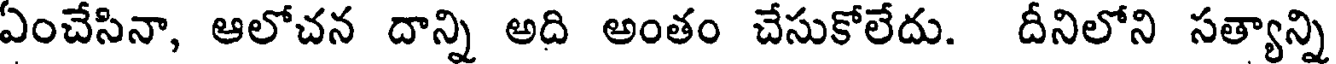
ఏంచేసినా, ఆలోచన దాన్ని అది అంతం చేసుకోలేదు. దీనిలోని సత్యాన్ని